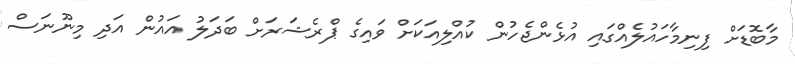
މާބޮޑަށް ފިނިމާހައުލެއްގައި އުޅެންޖެހުން ކުއްލިއަކަށް ވައިގެ ޕްރެޝަރަށް ބަދަލު އައުން އަދި މިނޫނަސް